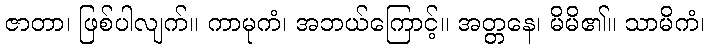
ဇာတာ၊ ဖြစ်ပါလျက်။ ကာမုကံ၊ အဘယ်ကြောင့်။ အတ္တနေ၊ မိမိ၏။ သာမိကံ၊